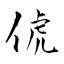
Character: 俿